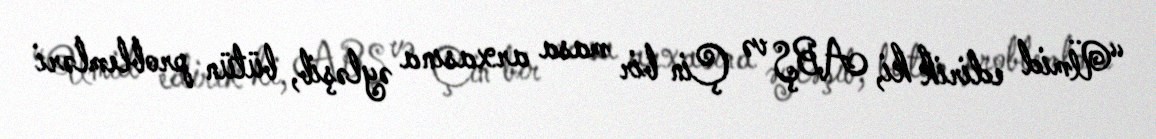
“Ümid edirik ki, ABŞ və Çin bir masa arxasına əyləşib, bütün problemləri